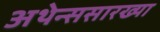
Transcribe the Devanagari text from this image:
अथेन्ससारख्या